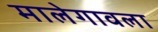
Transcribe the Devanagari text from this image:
मालेगावला